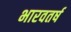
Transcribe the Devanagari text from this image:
भारवतर्ष